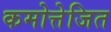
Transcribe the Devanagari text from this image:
कमोत्तेजित